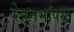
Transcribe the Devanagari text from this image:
देवनमपिया